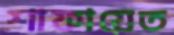
শাফায়েত